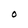
Character: O